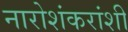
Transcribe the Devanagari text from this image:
नारोशंकरांशी